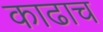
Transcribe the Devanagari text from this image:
काढाच